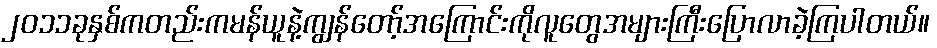
၂၀၁၁ခုနှစ်ကတည်းကမန်ယူနဲ့ကျွန်တော့်အကြောင်းကိုလူတွေအများကြီးပြောလာခဲ့ကြပါတယ်။